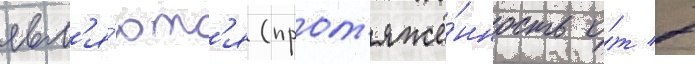
явл'я́ютс'я (прот'яжё́нность о́т 7